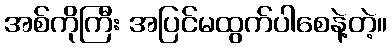
အစ်ကိုကြီး အပြင်မထွက်ပါစေနဲ့တဲ့။